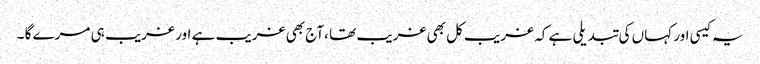
یہ کیسی اور کہاں کی تبدیلی ہے کہ غریب کل بھی غریب تھا ،آج بھی غریب ہے اور غریب ہی مرے گا ۔